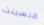
فنسينت